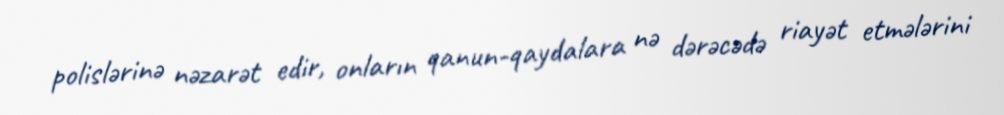
polislərinə nəzarət edir, onların qanun-qaydalara nə dərəcədə riayət etmələrini